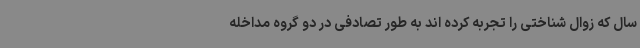
سال که زوال شناختی را تجربه کرده اند به طور تصادفی در دو گروه مداخله